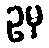
ဥမှ